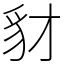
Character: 豺